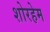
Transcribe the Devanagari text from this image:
शोरहेम